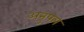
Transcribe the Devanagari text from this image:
अनुपल